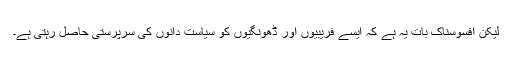
لیکن افسوسناک بات یہ ہے کہ ایسے فریبیوں اور ڈھونگیوں کو سیاست دانوں کی سرپرستی حاصل رہتی ہے۔